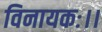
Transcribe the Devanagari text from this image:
विनायकः।।